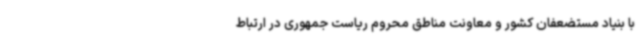
با بنیاد مستضعفان کشور و معاونت مناطق محروم ریاست جمهوری در ارتباط